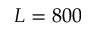
L = 8 0 0